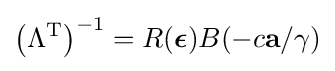
\left(\Lambda ^{\mathrm {T} }\right)^{-1}=R({\boldsymbol {\epsilon }})B(-c\mathbf {a} /\gamma )